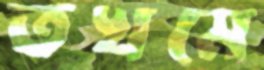
তখমে